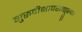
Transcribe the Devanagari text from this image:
गुरूदीक्षापराङ्मुखाः